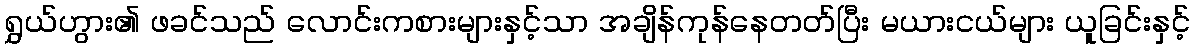
ရွှယ်ဟွား၏ ဖခင်သည် လောင်းကစားများနှင့်သာ အချိန်ကုန်နေတတ်ပြီး မယားငယ်များ ယူခြင်းနှင့်